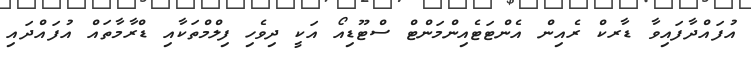
އުފައްދާފައިވާ ޑާރކް ރެއިން އެންޓަޓެއިންމަންޓް ސްޓޫޑިއޯ އަކީ ދިވެހި ފިލްމްތަކާއި ޑްރާމާތައް އުފައްދައި